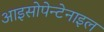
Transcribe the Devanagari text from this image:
आइसोपेन्टेनाइल